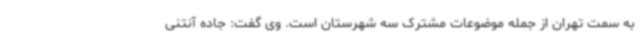
به سمت تهران از جمله موضوعات مشترک سه شهرستان است. وی گفت: جاده آنتنی